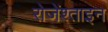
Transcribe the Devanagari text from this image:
रोजेंश्ताइन